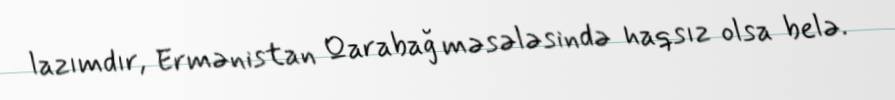
lazımdır, Ermənistan Qarabağ məsələsində haqsız olsa belə.